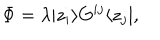
\Phi = \lambda | z _ { i } \rangle G ^ { i j } \langle z _ { j } | ,